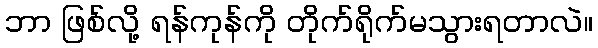
ဘာ ဖြစ်လို့ ရန်ကုန်ကို တိုက်ရိုက်မသွားရတာလဲ။